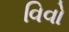
વિવો